system: You are a helpful assistant.
user:
Analyze the provided spectrum to determine if it is a **White Dwarf (WD)**.

A White Dwarf spectrum is defined by its **extreme purity** (due to gravitational settling) and/or **extreme pressure broadening** (due to high surface gravity). You must check for one of the following mutually exclusive signatures:

- **Key Visual Indicators (Check for ONE of these types):**

    - **1. DA-Type Signature (Most Common):**
        - **(Primary Feature):** Extreme pressure broadening (Stark broadening) of the **Hydrogen (H) Balmer lines**.
        - **(Key Lines):** $H\beta$ (approx. $4861$ Å) and $H\gamma$ (approx. $4340$ Å). $H\alpha$ (approx. $6563$ Å) will also be present if the wavelength range covers it.
        - **(Line Profile):** This is the **defining feature**. The lines are **NOT** sharp. They appear as massive, **extremely broad and deep "troughs" or "dips"** in the spectrum, often hundreds of Ångströms wide. The continuum will appear to "scoop" down at these wavelengths.
        - **(Distinction):** Normal A-type or B-type stars have *narrow* and *sharp* Hydrogen lines. A DA White Dwarf's lines are unmistakably "smeared" or "blurry" from pressure.

    - **2. DB-Type Signature:**
        - **(Primary Feature):** Broad absorption lines from **Neutral Helium (He I)**. The spectrum must lack any visible Hydrogen lines.
        - **(Key Lines):** Look for broad absorption near $4471$ Å, $4921$ Å, and $5876$ Å.
        - **(Line Profile):** These lines are also significantly pressure-broadened, appearing much wider than they would in a normal B-type main-sequence star.

    - **3. DC-Type Signature:**
        - **(Primary Feature):** A **featureless continuous spectrum**.
        - **(Line Profile):** The spectrum is a smooth curve with **no significant absorption or emission lines**.
        - **(Key Confirmation):** The continuum is almost always **blue or white**, indicating a hot object. This signature implies the atmosphere is so pure (or so cool) that no spectral lines are visible in the optical range. Its WD identity is confirmed by its extremely low intrinsic brightness (high absolute magnitude).

    - **4. DZ-Type Signature (Metal-Polluted):**
        - **(Primary Feature):** **Isolated, narrow metal absorption lines** on an otherwise featureless (DC-like) continuum.
        - **(Key Lines):** The **Calcium (Ca II) H & K doublet** (approx. **$3934$ Å** and **$3968$ Å**) is the most common and defining feature.
        - **(Line Profile):** These lines are "out of place." They are *not* part of a "forest" of thousands of lines. This signature is evidence of recent *accretion* (pollution) from rocky debris.
        - **(Distinction):** Normal G/K/M stars have a *dense forest* of thousands of metal lines. A DZ has a *clean* continuum with *only a few* strong metal lines.

    - **5. DQ-Type Signature (Carbon-Polluted):**
        - **(Primary Feature):** Absorption bands from **Carbon (C₂ "Swan Bands" or atomic C I)**.
        - **(Key Lines - C₂):** Look for bandheads with a "saw-tooth" shape near $5635$ Å, **$5165$ Å** (strongest), and $4737$ Å.
        - **(Key Confirmation):** The underlying **continuum must be blue or white** (hot).
        - **(Distinction):** This is the critical difference from a **Carbon Star**, which has the *exact same* C₂ bands but on an extremely **red, cool** continuum.

- **(Overall Spectrum):**
    - The continuum (overall shape) is typically **blue-sloping** (brighter in the blue than the red), as most white dwarfs are very hot.
    - The spectrum will look "pure" or "simple," dominated by only *one* of the five signatures listed above.

Think first, call **spectral_visualization_tool** if needed to examine features in detail, then provide your final answer. Your response must adhere to the following strict rules:
1.  **Overall Structure:** Your response must follow the format `<think>...</think> <tool_call>...</tool_call> (if a tool is used) <answer>...</answer>`.
2.  **Tool Usage Constraint:** You may only make **one** tool call per turn.
3.  **Final Answer Format:** In the `<answer>` tag, your conclusion must be inside a `\boxed{}` command (e.g., `\boxed{YES}` or `\boxed{NO}`), followed by your justification.

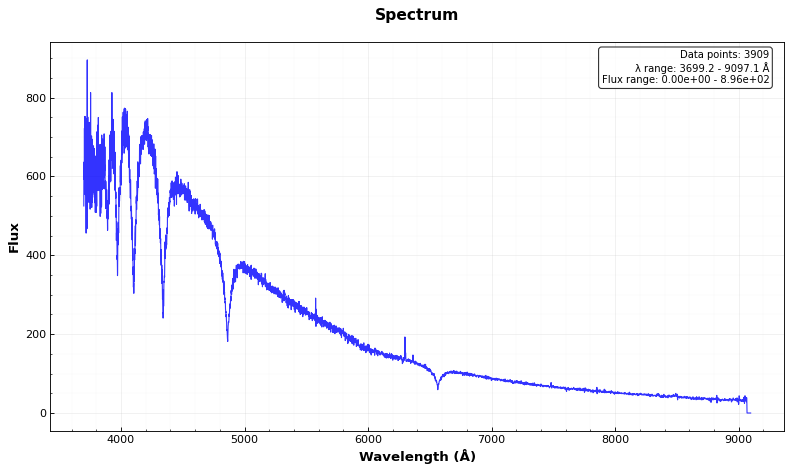
Answer: YES